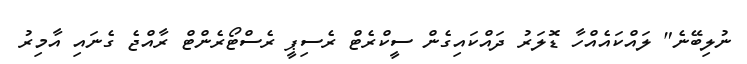
ނުލިބޭނެ" ލައްކައެއްހާ ޑޮލަރު ދައްކައިގެން ސީކްރެޓް ރެސިޕީ ރެސްޓޯރެންޓް ރާއްޖެ ގެނައި އާމިރު